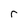
Character: r